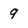
Character: 9